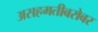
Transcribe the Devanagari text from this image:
असहमतीबरोबर